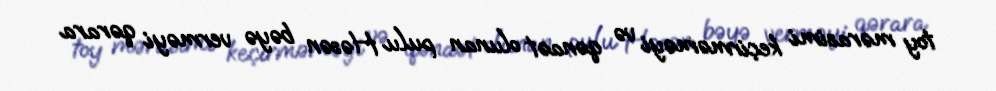
toy mərasimi keçirməməyi və qənaət olunan pulu Həsən bəyə verməyi qərara